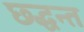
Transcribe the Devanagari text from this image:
छ्द्धन्त